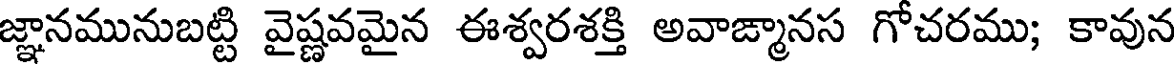
జ్ఞానమునుబట్టి వైష్ణవమైన ఈశ్వరశక్తి అవాజ్మానస గోచరము; కావున